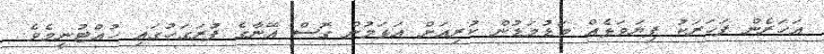
އަހަރެން ފަހަރަކު ފިޔަވަޅެއް މަޑުމަޑުން ކުރިއަށް އަޅަމުން ގޮސް އޭނާގެ ފުރަގަހުގައި ހުއްޓުނީމެވެ.